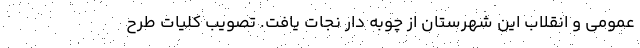
عمومی و انقلاب این شهرستان از چوبه دار نجات یافت. تصویب کلیات طرح